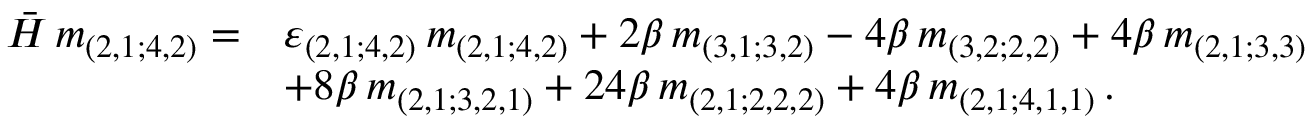
\begin{array} { r l } { { \bar { \cal { H } } \, m _ { ( 2 , 1 ; 4 , 2 ) } = } } & { { \varepsilon _ { ( 2 , 1 ; 4 , 2 ) } \, m _ { ( 2 , 1 ; 4 , 2 ) } + 2 \beta \, m _ { ( 3 , 1 ; 3 , 2 ) } - 4 \beta \, m _ { ( 3 , 2 ; 2 , 2 ) } + 4 \beta \, m _ { ( 2 , 1 ; 3 , 3 ) } } } \\ { { } } & { { + 8 \beta \, m _ { ( 2 , 1 ; 3 , 2 , 1 ) } + 2 4 \beta \, m _ { ( 2 , 1 ; 2 , 2 , 2 ) } + 4 \beta \, m _ { ( 2 , 1 ; 4 , 1 , 1 ) } \, . } } \end{array}